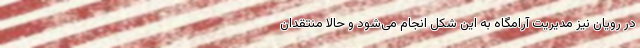
در رویان نیز مدیریت آرامگاه به این شکل انجام می‌شود و حالا منتقدان